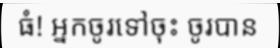
ធំ! អ្នកចូរទៅចុះ ចូរបាន